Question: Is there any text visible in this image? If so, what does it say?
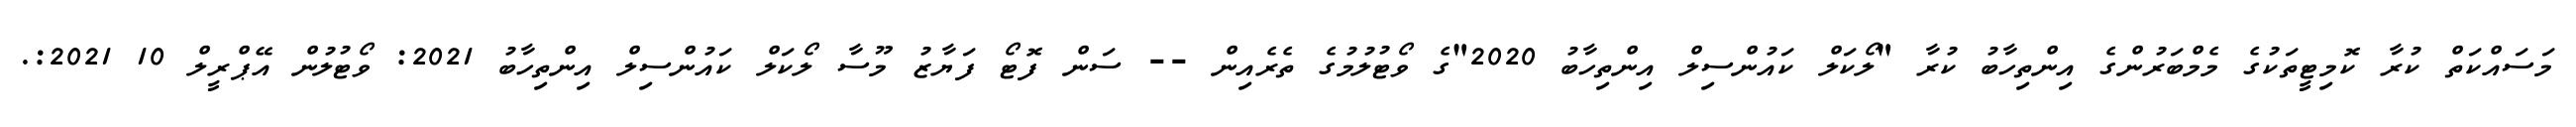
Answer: މަސައްކަތް ކުރާ ކޮމިޓީތަކުގެ މެމްބަރުންގެ އިންތިހާބު ކުރާ "ލޯކަލް ކައުންސިލް އިންތިހާބު 2020"ގެ ވޯޓުލުމުގެ ތެރެއިން -- ސަން ފޮޓޯ ފަޔާޒު މޫސާ ލޯކަލް ކައުންސިލް އިންތިހާބު 2021: ވޯޓުލުން އޭޕްރީލް 10 2021:.